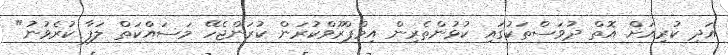
އަދި ކުރިއަށް އޮތް ދުވަސްތަކުގައި ކުޅުންތެރިން އިމްޕްރޫވްކުރަން ކުރަންޖެހޭ މަސައްކަތް ލަފާ ކުރެވުނު"